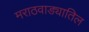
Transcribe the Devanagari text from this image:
मराठवाड्यातिल